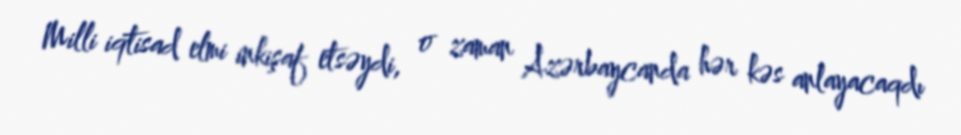
Milli iqtisad elmi inkişaf etsəydi, o zaman Azərbaycanda hər kəs anlayacaqdı